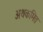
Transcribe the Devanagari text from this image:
अथकमित